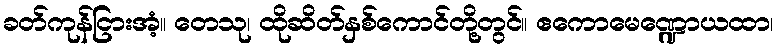
ခတ်ကုန်ငြားအံ့။ တေသု၊ ထိုဆိတ်နှစ်ကောင်တို့တွင်။ ဧကောမေဏ္ဍောယထာ၊